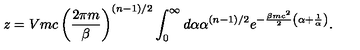
z = V m c \left( \frac { 2 \pi m } { \beta } \right) ^ { ( n - 1 ) / 2 } \int _ { 0 } ^ { \infty } d \alpha \alpha ^ { ( n - 1 ) / 2 } e ^ { - \frac { \beta m c ^ { 2 } } { 2 } \left( \alpha + \frac { 1 } { \alpha } \right) } .